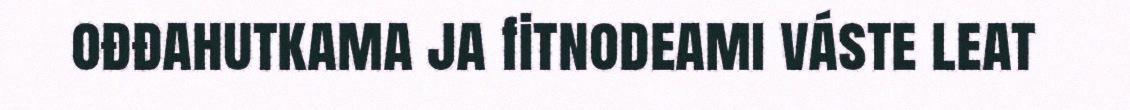
ođđahutkama ja fitnodeami váste leat